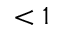
< 1